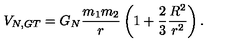
V _ { N , G T } = G _ { N } \frac { m _ { 1 } m _ { 2 } } { r } \left( 1 + \frac { 2 } { 3 } \frac { R ^ { 2 } } { r ^ { 2 } } \right) .